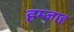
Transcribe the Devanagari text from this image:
हम्जाह